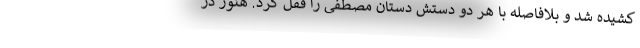
کشیده شد و بلافاصله با هر دو دستش دستان مصطفی را قفل کرد. هنوز در